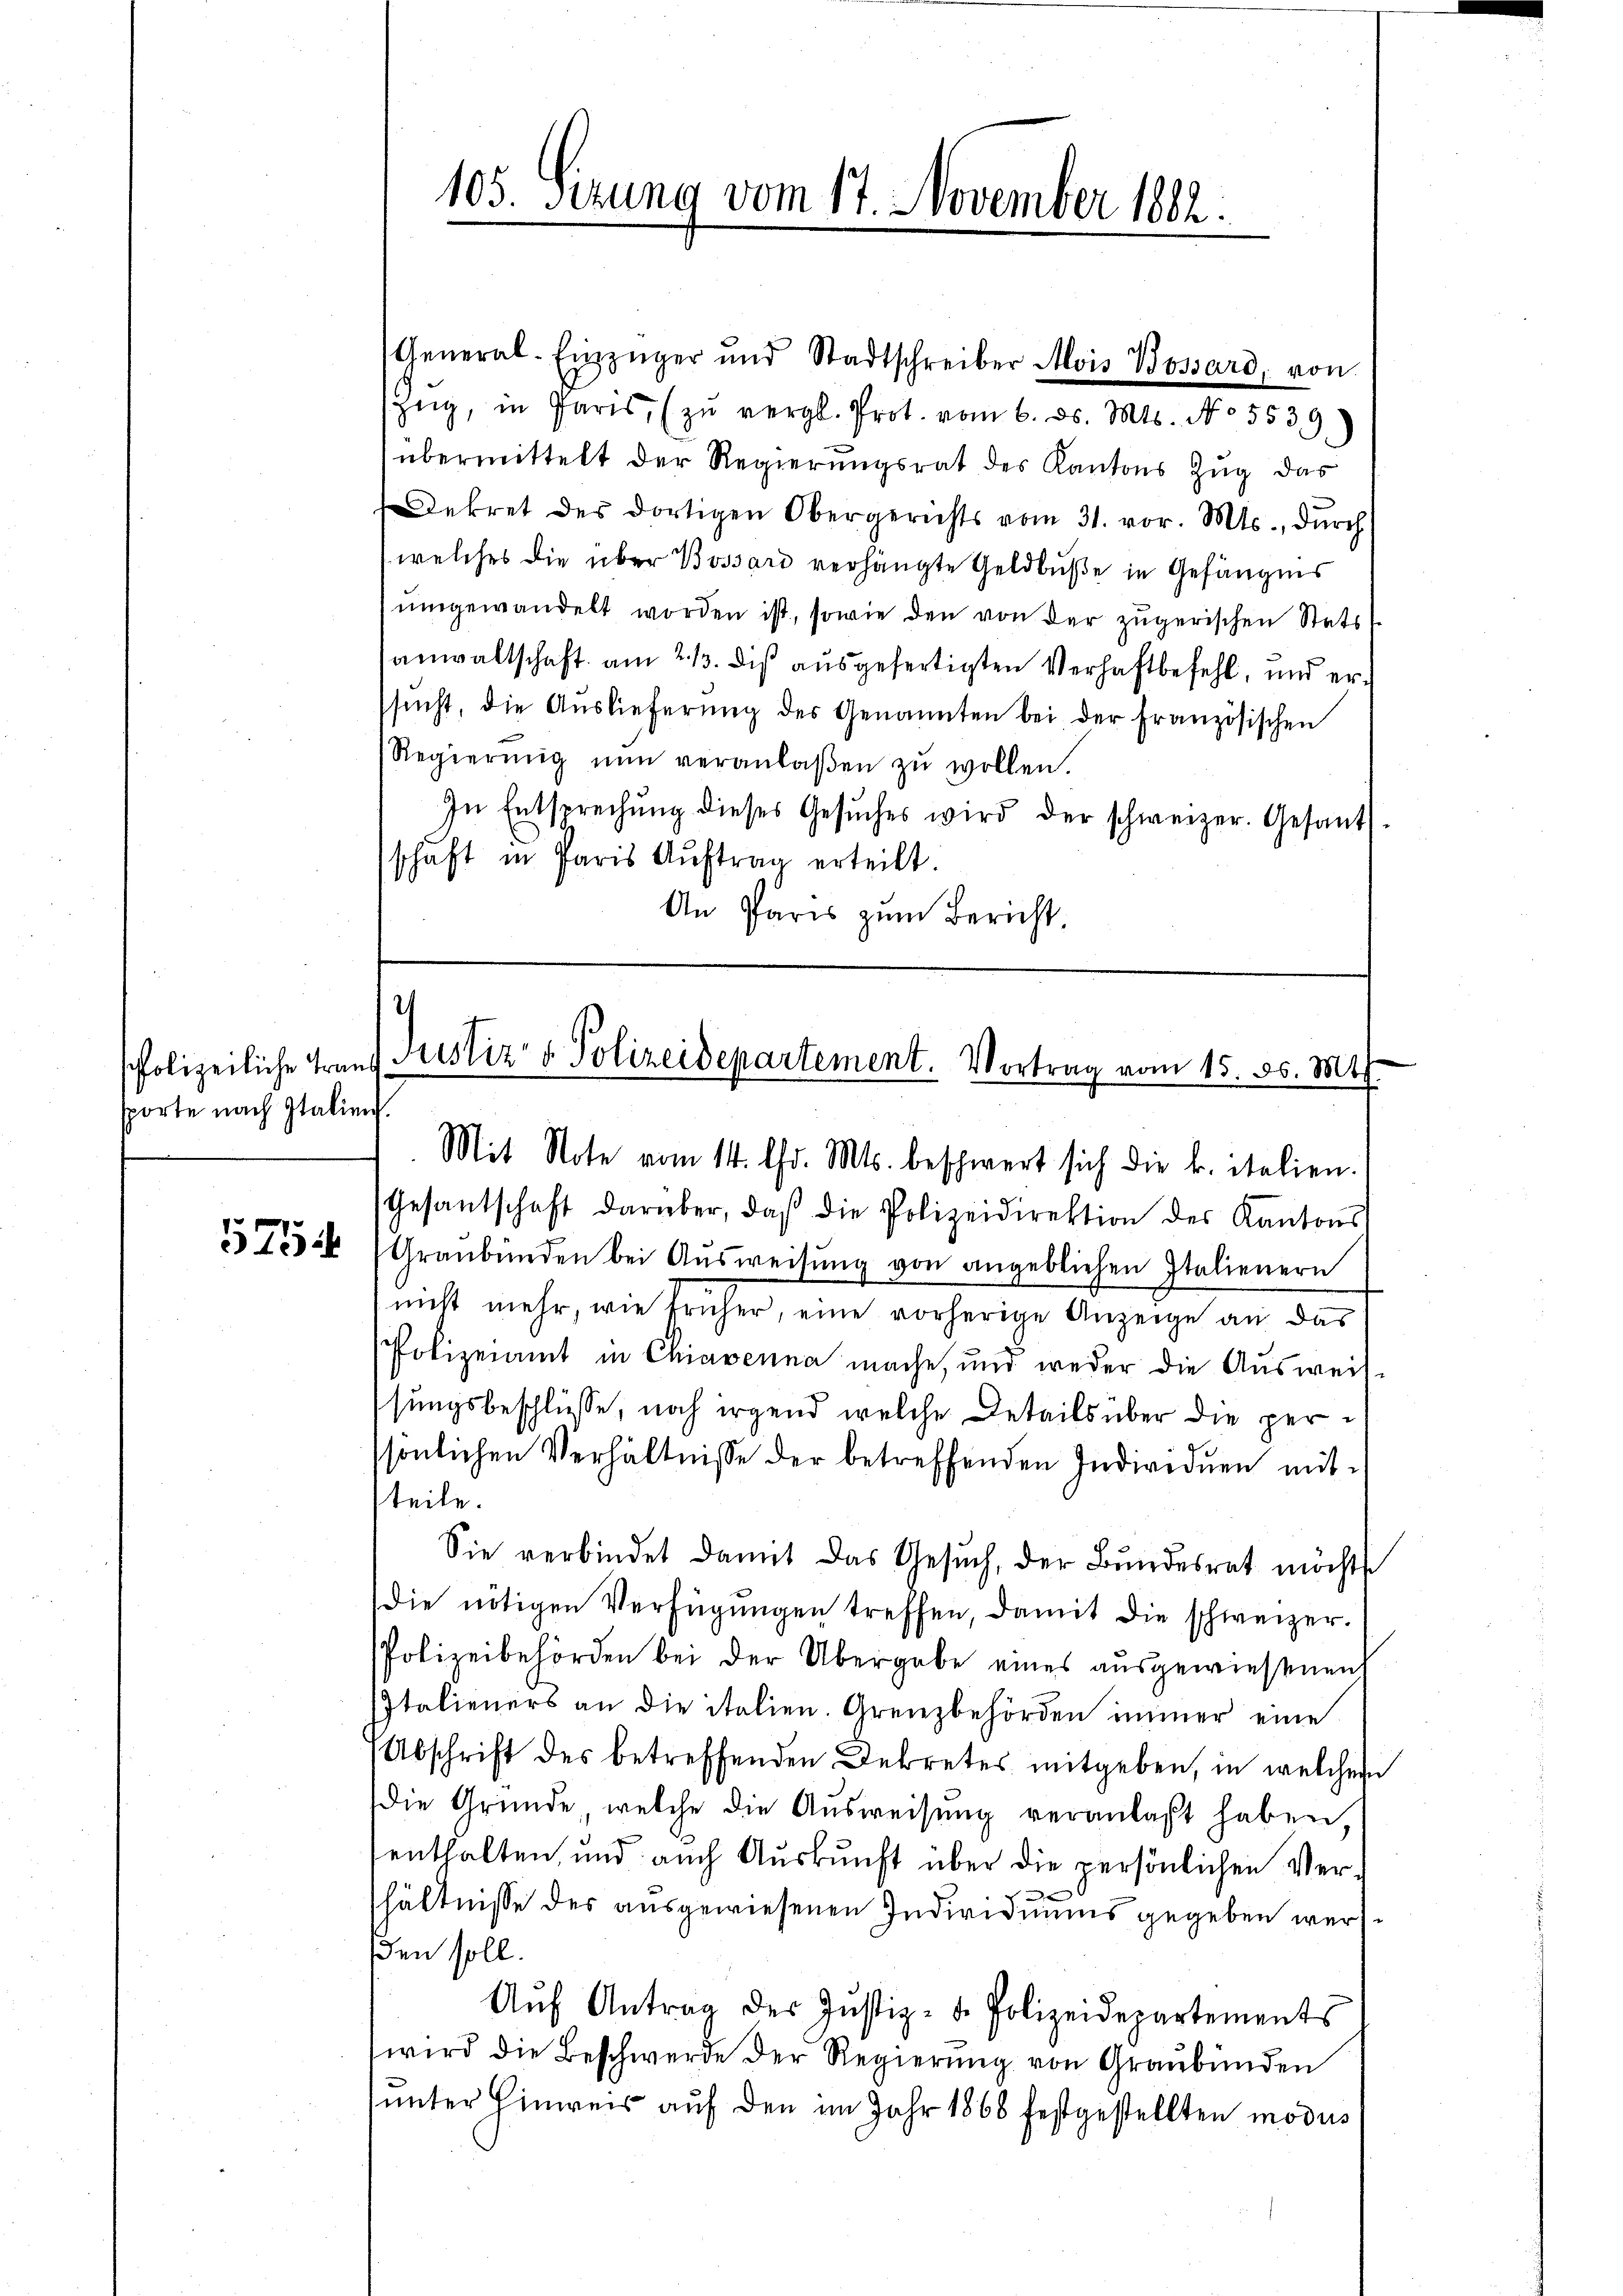
sporte nach Italien.

5754

General-Einzüger und Stadtschreiber Alois Bossard, von
Zŭg, in Paris, (zŭ vergl. Prot. vom 6. ds. Mts. No 5539.
übermittelt der Regierungsrat des Kantons Zug das
Dekret des dortigen Obergerichts vom 31. vor. Mts., dŭrch
welches die über Bossard verhängte Geldbuße in Gefängnis
ŭmgewandelt worden ist, sowie den von der zugerischen Stets
anwaltschaft am 213. dis ausgefertigten Verhaftbefehl, und ersŭcht, die Aŭslieferŭng des Genannten bei der französischen
Regierŭng nŭn veranlaβen zŭ wollen.
In Entsprechŭng dieses Gesŭches wird der schweizer. Gesants-
schaft in Paris Auftrag erteilt
An Paris zum Bericht.

105. Sizung vom 17. November 1882.

)
Polizeiliche Franz Fristiz & Polizeidepartement. Vortrag vom 15. ds. Mts.

Mit Note vom 14. Chr. Mts. beschwert sich die k. italien.
Gesantschaft darüber, daβ die Polizeidirektion des Kantons
Graubünden bei Ausweisung von angeblichen Italienern
nicht mehr, wie früher, eine vorherige Anzeige an das
Polizeiamt in Chiaverna mache, und weder die Ausweis-
sungsbeschlüsse, noch irgend welche Details über die persönlichen Verhältnisse der betreffenden Individuen mit-
teile.
Sie verbindet damit das Gesŭch, der Bundesrat möcht
die nötigen Verfügungen treffen, damit die schweizer-
Polizeibehörden bei der Übergabe eines ausgewiesenen
Italieners an die italien. Grenzbehörden immer eine
Abschrift des betreffenden Dekretes mitgeben, in welcher
Die Gründe, welche die Ausweisung veranlaßt haben,
enthalten und auch Auskunft über die persönlichen Ver-
x
shältnisse des ausgewiesenen Individuums gegeben werden soll.
Aŭf Antrag des Justiz- u. Polizeidepartements
wird die Beschwerde der Regierŭng von Graubünden
(unter Hinweis auf den im Jahr 1868 festgestellten modus